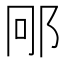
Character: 𮟱